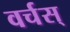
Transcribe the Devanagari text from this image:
वर्चस्